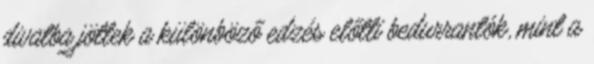
divatba jöttek a különböző edzés előtti bedurrantók, mint a